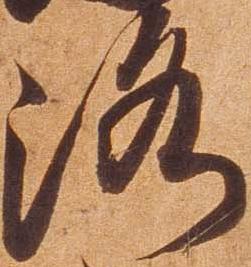
洛